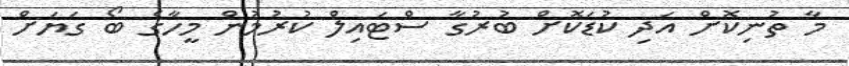
މާ ތުނިކޮށް އަދި ކުޑަކޮށް ބުރުގާ ސްޓައިލް ކުރުމުން މީހާގެ ބޯ ގަޔަށް